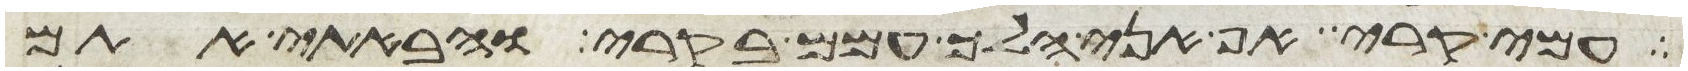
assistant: עמי בקרי אף אני הלך עמם בקרי והבאתי אתם